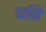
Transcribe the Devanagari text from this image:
पाळि